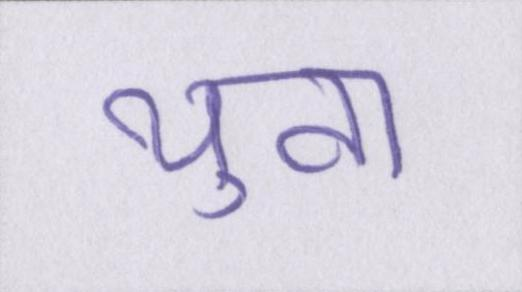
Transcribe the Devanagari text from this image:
युवा